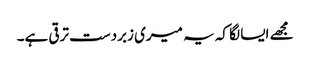
مجھے ایسا لگا کہ یہ میری زبردست ترقی ہے۔